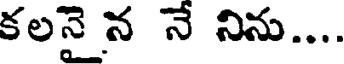
కలనై న నే నిను....